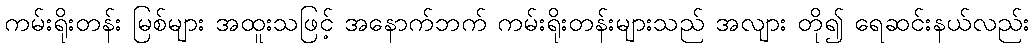
ကမ်းရိုးတန်း မြစ်များ အထူးသဖြင့် အနောက်ဘက် ကမ်းရိုးတန်းများသည် အလျား တို၍ ရေဆင်းနယ်လည်း